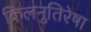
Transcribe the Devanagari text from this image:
किलनुतिरेषा